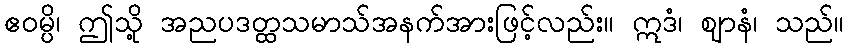
ဧဝမ္ပိ၊ ဤသို့ အညပဒတ္ထသမာသ်အနက်အားဖြင့်လည်း။ ဣဒံ၊ ဈာနံ၊ သည်။